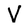
Character: V